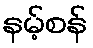
နမ့်စန်